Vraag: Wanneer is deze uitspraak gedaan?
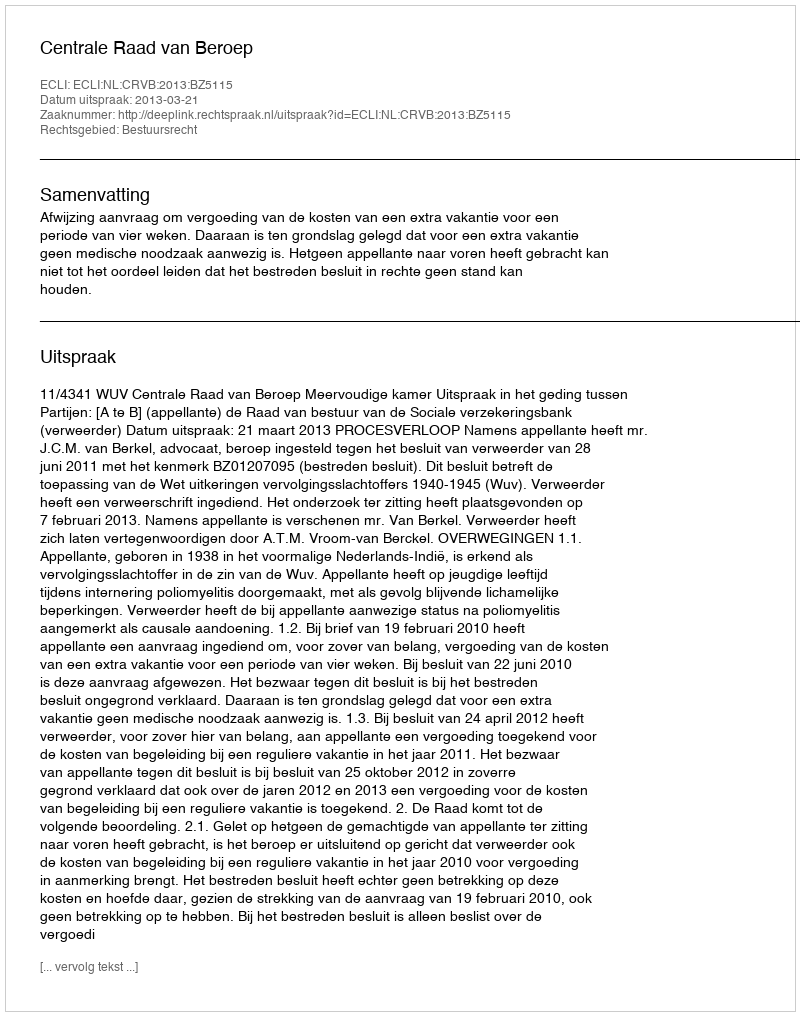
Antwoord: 2013-03-21